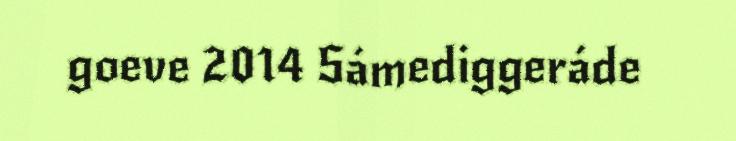
goeve 2014 Sámediggeráde